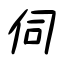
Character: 伺